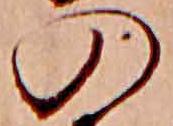
の